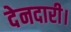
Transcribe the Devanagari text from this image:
देनदारी।